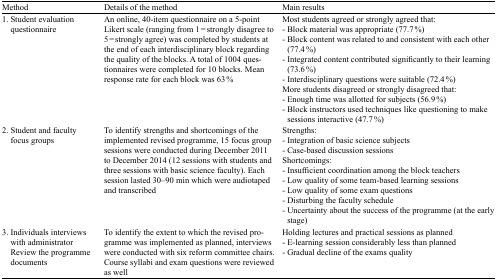
| Method | Details of the method | Main results |
 | --- | --- | --- |
 | 1. Student evaluation questionnaire | An online, 40-item questionnaire on a 5-point Likert scale (ranging from 1 = strongly disagree to 5 = strongly agree) was completed by students at the end of each interdisciplinary block regarding the quality of the blocks. A total of 1004 questionnaires were completed for 10 blocks. Mean response rate for each block was 63 % | Most students agreed or strongly agreed that:- Block material was appropriate (77.7 %)- Block content was related to and consistent with each other (77.4 %)- Integrated content contributed significantly to their learning (73.6 %)- Interdisciplinary questions were suitable (72.4 %)More students disagreed or strongly disagreed that:- Enough time was allotted for subjects (56.9 %)- Block instructors used techniques like questioning to make sessions interactive (47.7 %) |
 | 2. Student and faculty focus groups | To identify strengths and shortcomings of the implemented revised programme, 15 focus group sessions were conducted during December 2011 to December 2014 (12 sessions with students and three sessions with basic science faculty). Each session lasted 30–90 min which were audiotaped and transcribed | Strengths:- Integration of basic science subjects- Case-based discussion sessionsShortcomings:- Insufficient coordination among the block teachers- Low quality of some team-based learning sessions- Low quality of some exam questions- Disturbing the faculty schedule- Uncertainty about the success of the programme (at the early stage) |
 | 3. Individuals interviews with administrator Review the programme documents | To identify the extent to which the revised programme was implemented as planned, interviews were conducted with six reform committee chairs. Course syllabi and exam questions were reviewed as well | Holding lectures and practical sessions as planned- E-learning session considerably less than planned- Gradual decline of the exams quality |